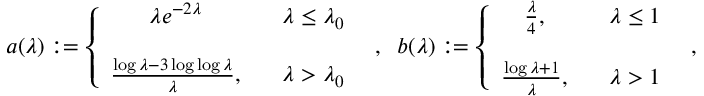
\begin{array} { r l r } & { } & { a ( \lambda ) : = \left\{ \begin{array} { c c } { \lambda e ^ { - 2 \lambda } } & { \; \; \; \lambda \leq \lambda _ { 0 } } \\ { \; \; } \\ { \frac { \log { \lambda } - 3 \log \log { \lambda } } { \lambda } , } & { \; \; \; \lambda > \lambda _ { 0 } } \end{array} \right. \; \; , \; \; b ( \lambda ) : = \left\{ \begin{array} { c c } { \frac { \lambda } { 4 } , } & { \; \; \; \lambda \leq 1 } \\ { \; \; } \\ { \frac { \log { \lambda } + 1 } { \lambda } , } & { \; \; \; \lambda > 1 } \end{array} \right. \; \; , \; \; } \end{array}